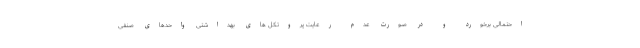
احتمالی برخورد و در صورت عدم رعایت پروتکل های بهداشتی واحدهای صنفی